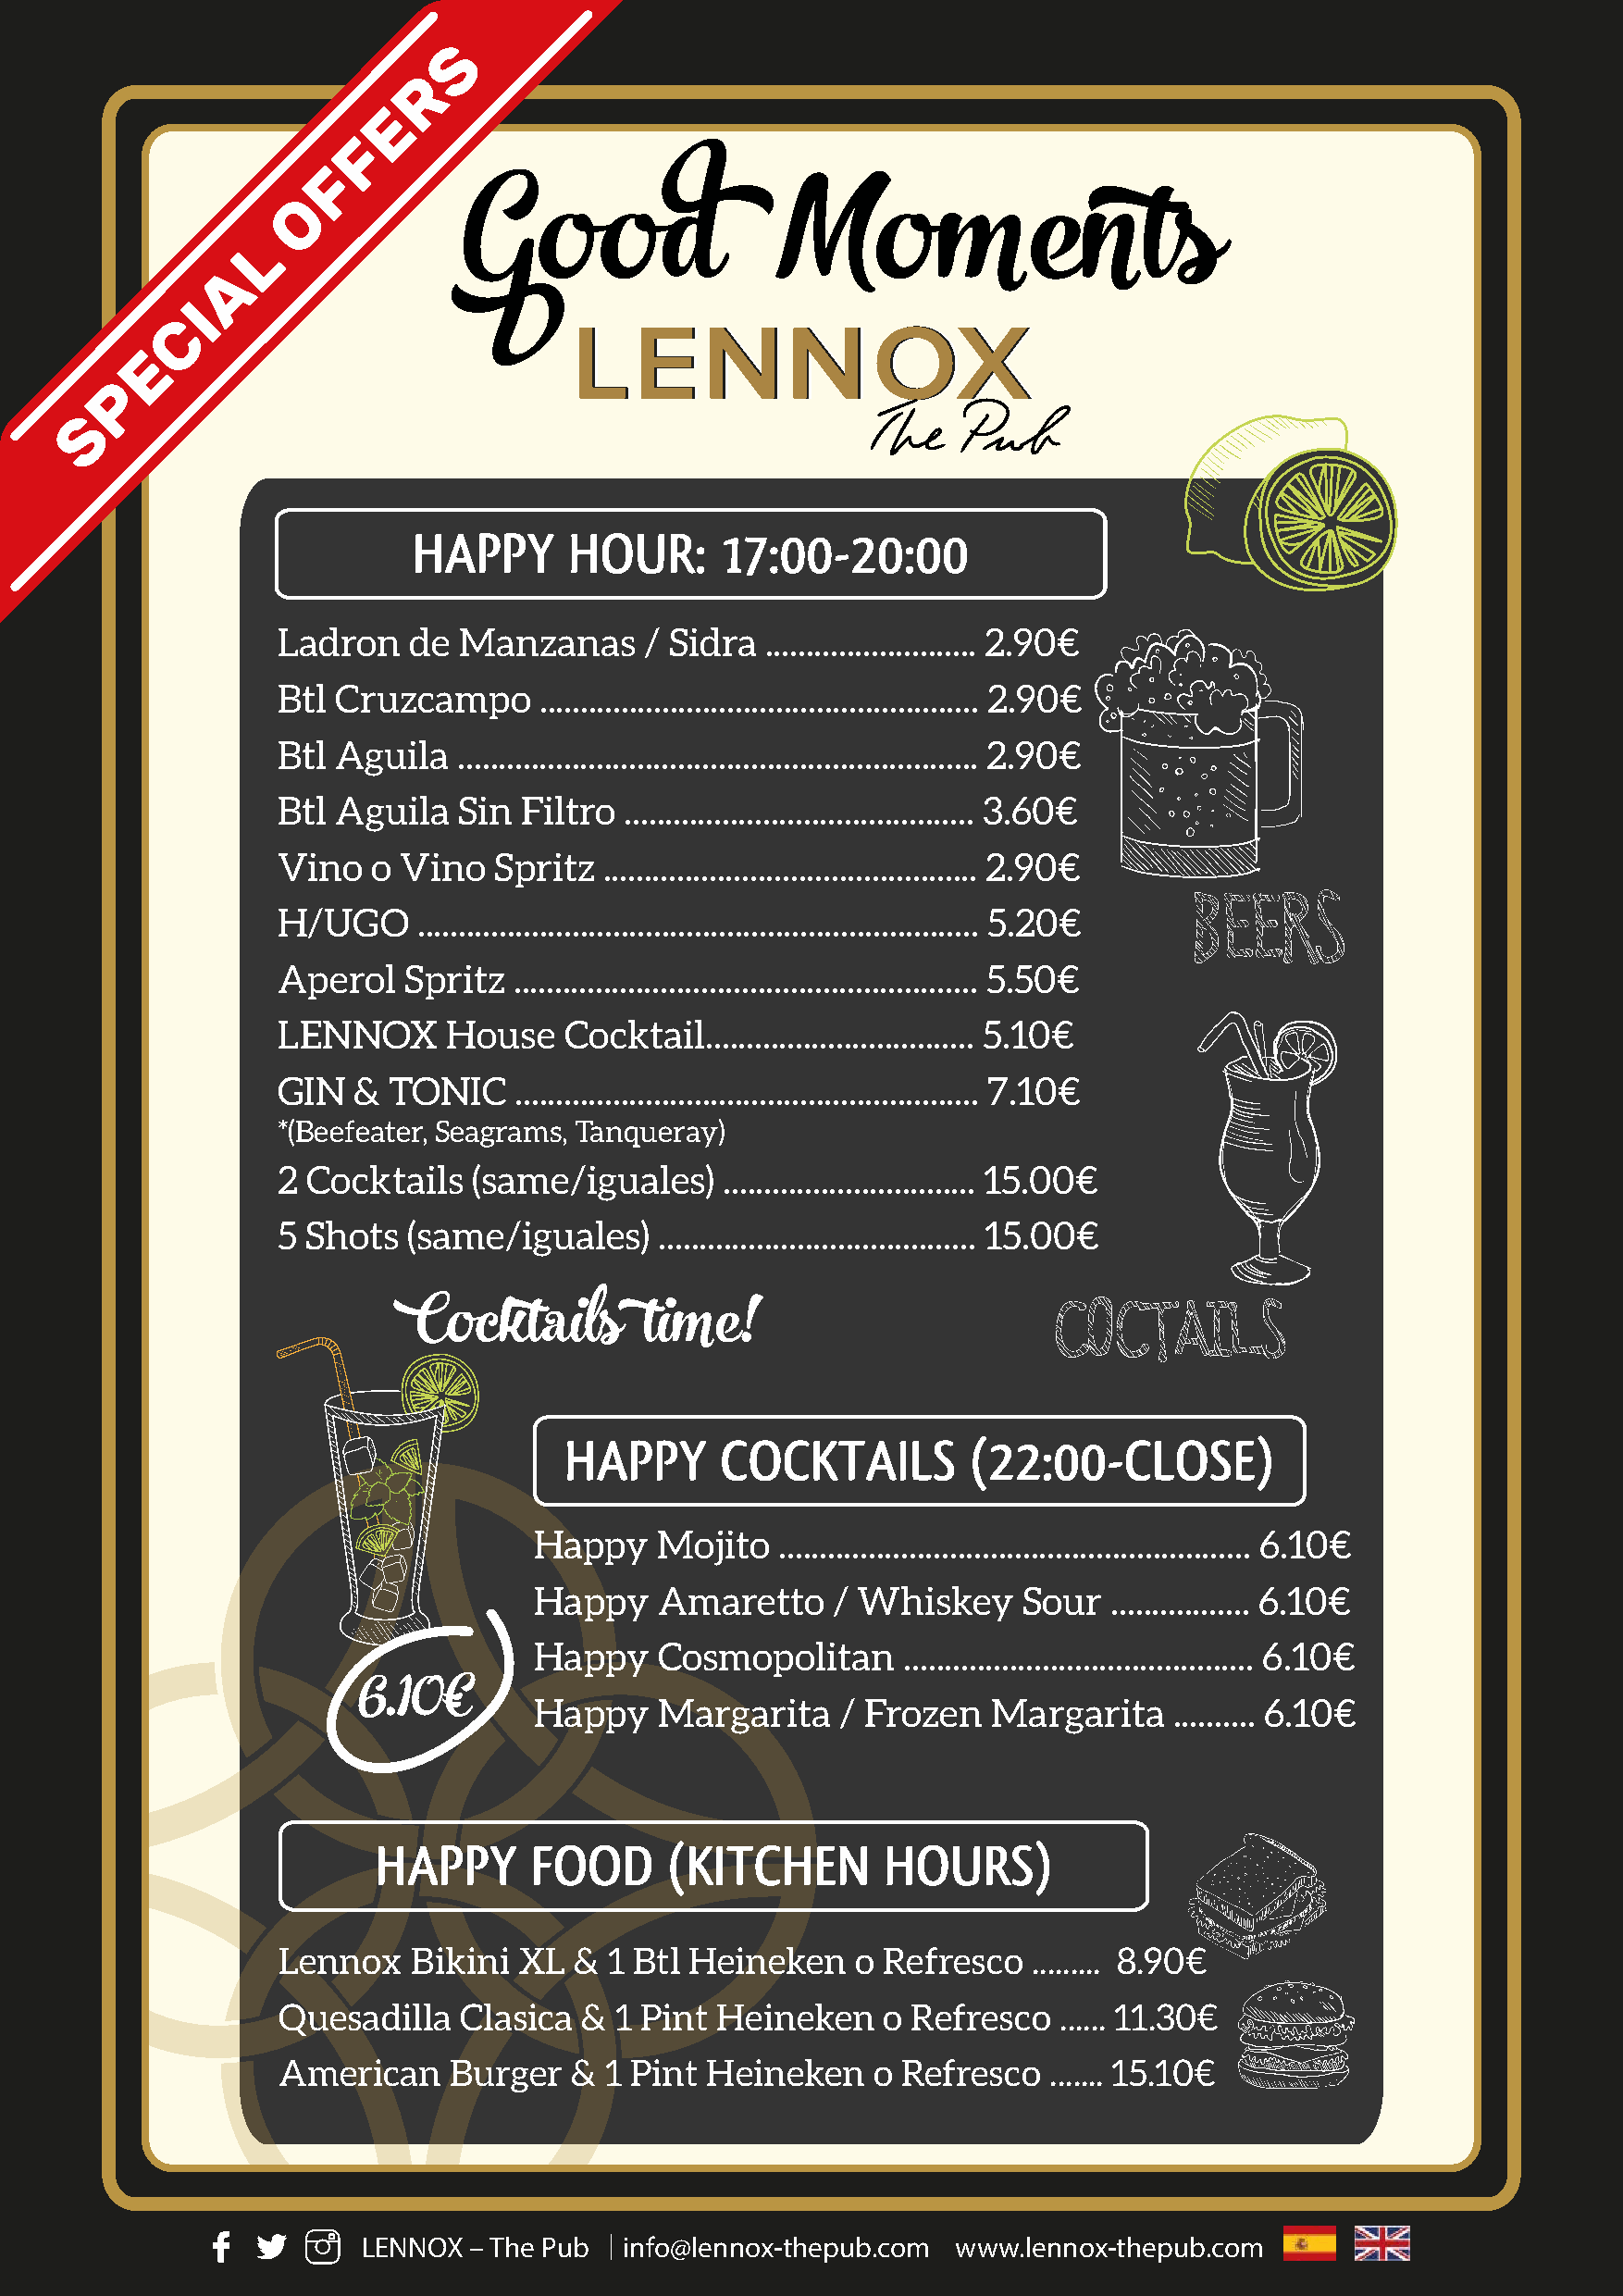
HAPPY      HOUR:      17:00-20:00
 Ladron   de  Manzanas     / Sidra  .......................... 2.90€
 Btl Cruzcampo      ...................................................... 2.90€
 Btl Aguila   ................................................................ 2.90€
 Btl Aguila   Sin Filtro  ........................................... 3.60€
 Vino   o Vino  Spritz  .............................................. 2.90€
 H/UGO     ..................................................................... 5.20€
 Aperol   Spritz  ......................................................... 5.50€
 LENNOX      House   Cocktail................................. 5.10€
 GIN  &  TONIC    ......................................................... 7.10€
 *(Beefeater, Seagrams, Tanqueray)
 2 Cocktails   (same/iguales)    ............................... 15.00€
 5 Shots  (same/iguales)    ....................................... 15.00€
 Cocktails       time!
 HAPPY       COCKTAILS        (22:00-CLOSE)
 Happy    Mojito   .......................................................... 6.10€
 Happy    Amaretto     / Whiskey    Sour   ................. 6.10€
 Happy    Cosmopolitan      ........................................... 6.10€
 6.10€       Happy    Margarita    / Frozen   Margarita    .......... 6.10€
 HAPPY      FOOD      (KITCHEN       HOURS)
 Lennox   Bikini  XL  &  1 Btl Heineken   o Refresco   ......... 8.90€
 Quesadilla   Clasica  & 1 Pint Heineken    o Refresco   ...... 11.30€
 American    Burger   & 1 Pint  Heineken    o Refresco  ....... 15.10€
 LENNOX  – The Pub  info@lennox-thepub.com www.lennox-thepub.com